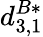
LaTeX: d_{3,1}^{B*}